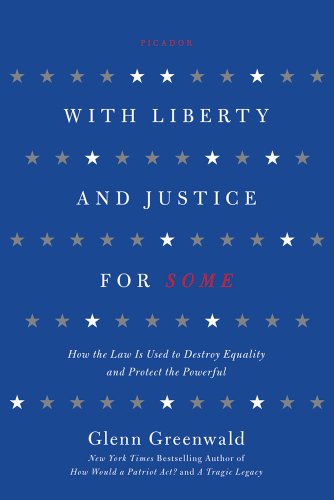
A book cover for With Liberty and Justice for Some: How the Law Is Used to Destroy Equality and Protect the Powerful; Glenn Greenwald; Law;